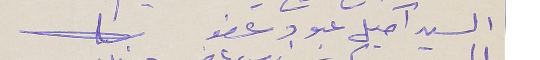
السيد آميل عبود عضو